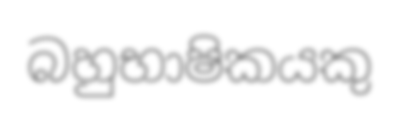
බහුභාෂිකයකු